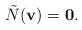
LaTeX: \begin{align*}\tilde N(\mathbf{v}) = \mathbf{0}. \end{align*}